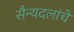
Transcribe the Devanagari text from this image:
सैन्यदलांचे